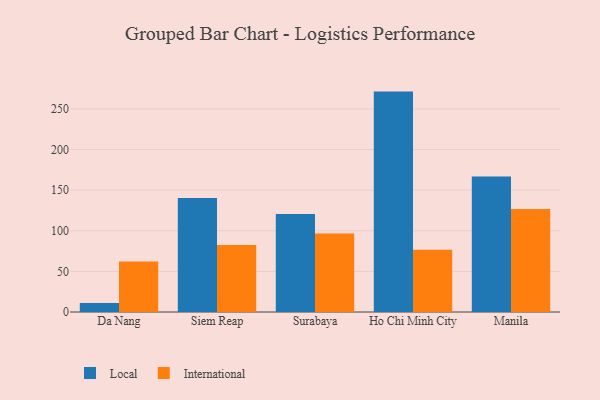
{"axis": {"x": "City", "y": "Operating Costs (USD K)"}, "legend": ["International", "Local"], "data": [{"x": "Da Nang", "y": 11.0, "type": "Local"}, {"x": "Da Nang", "y": 62.3, "type": "International"}, {"x": "Siem Reap", "y": 140.2, "type": "Local"}, {"x": "Siem Reap", "y": 82.5, "type": "International"}, {"x": "Surabaya", "y": 120.6, "type": "Local"}, {"x": "Surabaya", "y": 96.7, "type": "International"}, {"x": "Ho Chi Minh City", "y": 271.3, "type": "Local"}, {"x": "Ho Chi Minh City", "y": 76.7, "type": "International"}, {"x": "Manila", "y": 166.8, "type": "Local"}, {"x": "Manila", "y": 126.7, "type": "International"}]}